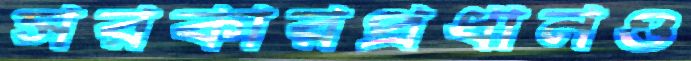
সরকারপ্রধানও